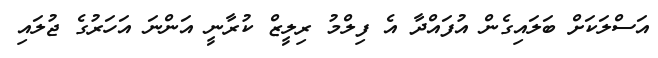
އަސްލަކަށް ބަލައިގެން އުފައްދާ އެ ފިލްމު ރިލީޒް ކުރާނީ އަންނަ އަހަރުގެ ޖުލައި